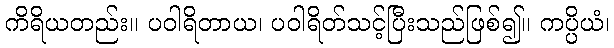
ကိရိယတည်း။ ပဝါရိတာယ၊ ပဝါရိတ်သင့်ပြီးသည်ဖြစ်၍။ ကပ္ပိယံ၊